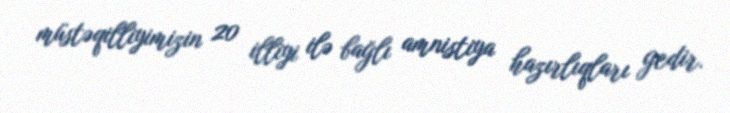
müstəqilliyimizin 20 illiyi ilə bağlı amnistiya hazırlıqları gedir.